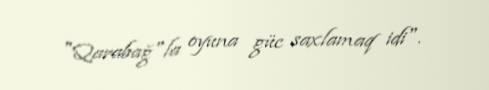
"Qarabağ"la oyuna güc saxlamaq idi".